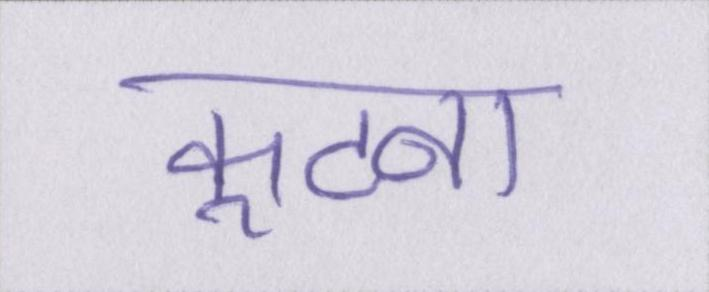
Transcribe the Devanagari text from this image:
कूटना